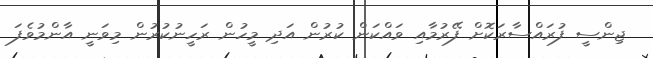
ޖިންސީ ފުރައްސާރަކޮށް ފޭރުމާއި ވައްކަން ކުރުން އަދި މީހުން ރަހީނުކުރުން މިވަނީ އާންމުވެފަ